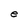
Character: e